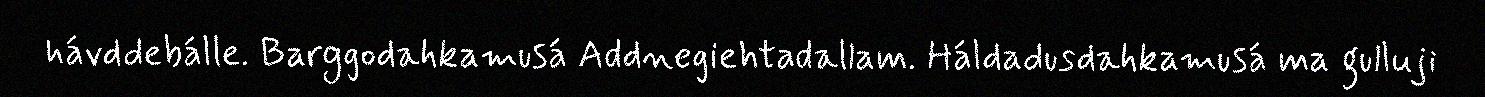
hávddebálle. Barggodahkamusá Addnegiehtadallam. Háldadusdahkamusá ma gulluji